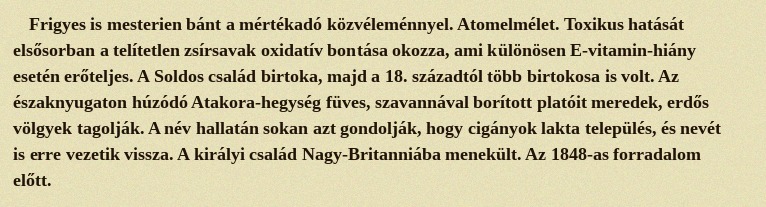
Frigyes is mesterien bánt a mértékadó közvéleménnyel. Atomelmélet. Toxikus hatását elsősorban a telítetlen zsírsavak oxidatív bontása okozza, ami különösen E-vitamin-hiány esetén erőteljes. A Soldos család birtoka, majd a 18. századtól több birtokosa is volt. Az északnyugaton húzódó Atakora-hegység füves, szavannával borított platóit meredek, erdős völgyek tagolják. A név hallatán sokan azt gondolják, hogy cigányok lakta település, és nevét is erre vezetik vissza. A királyi család Nagy-Britanniába menekült. Az 1848-as forradalom előtt.